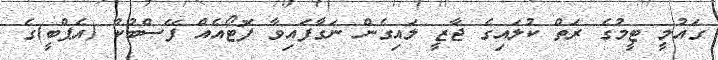
ގައުމީ ޓީމުގެ ރަތް ކުލައިގެ ޖާޒީ ލައިގެން ނަގާފައިވާ ފޮޓޯއެއް ފޭސްބުކް (އެޕްބީ)ގެ